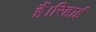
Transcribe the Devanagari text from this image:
हैं।रिहाई